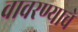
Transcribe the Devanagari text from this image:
वावरण्याचे